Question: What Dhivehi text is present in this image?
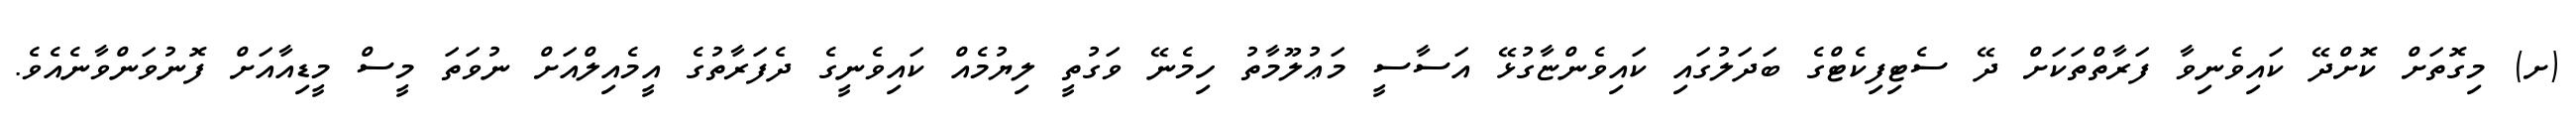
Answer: (ށ) މިގޮތަށް ކޮށްދޭ ކައިވެނިވާ ފަރާތްތަކަށް ދޭ ސެޓިފިކެޓްގެ ބަދަލުގައި ކައިވެންޏާގުޅޭ އަސާސީ މަޢުލޫމާތު ހިމެނޭ ވަގުތީ ލިޔުމެއް ކައިވެނީގެ ދެފަރާތުގެ އީމެއިލްއަށް ނުވަތަ މީސް މީޑިއާއަށް ފޮނުވަންވާނެއެވެ.